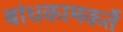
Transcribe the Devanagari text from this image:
बांधकामकर्ते